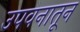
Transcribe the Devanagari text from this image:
उपवनातून